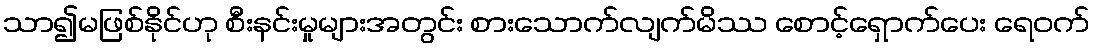
သာ၍မဖြစ်နိုင်ဟု စီးနင်းမှုများအတွင်း စားသောက်လျက်မိဿ စောင့်ရှောက်ပေး ရေဝက်